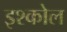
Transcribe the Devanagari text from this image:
इश्कोल